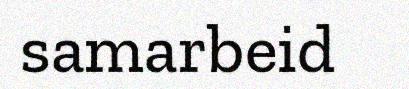
samarbeid